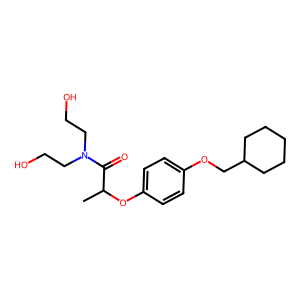
SMILES: CC(Oc1ccc(OCC2CCCCC2)cc1)C(=O)N(CCO)CCO
Inhibits HIV replication: No